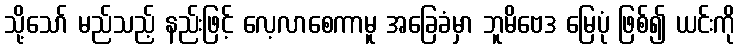
သို့သော် မည်သည့် နည်းဖြင့် လေ့လာစေကာမူ အခြေခံမှာ ဘူမိဗေဒ မြေပုံ ဖြစ်၍ ယင်းကို